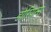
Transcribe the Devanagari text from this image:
डोरियन्स